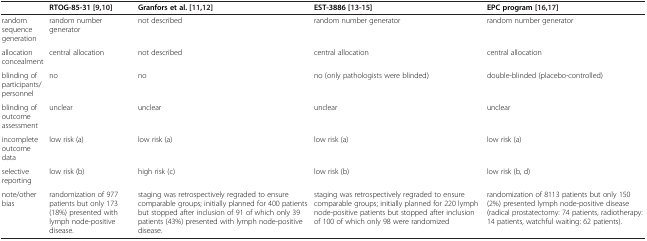
<table><thead><tr><td><b> </b></td><td><b>RTOG-85-31[9,10]</b></td><td><b>Granfors et al.[11,12]</b></td><td><b>EST-3886[13-15]</b></td><td><b>EPC program[16,17]</b></td></tr></thead><tbody><tr><td>random sequence generation</td><td>random number generator</td><td>not described</td><td>random number generator</td><td>random number generator</td></tr><tr><td>allocation concealment</td><td>central allocation</td><td>not described</td><td>central allocation</td><td>central allocation</td></tr><tr><td>blinding of participants/personnel</td><td>no</td><td>no</td><td>no (only pathologists were blinded)</td><td>double-blinded (placebo-controlled)</td></tr><tr><td>blinding of outcome assessment</td><td>unclear</td><td>unclear</td><td>unclear</td><td>unclear</td></tr><tr><td>incomplete outcome data</td><td>low risk (a)</td><td>low risk (a)</td><td>low risk (a)</td><td>low risk (a)</td></tr><tr><td>selective reporting</td><td>low risk (b)</td><td>high risk (c)</td><td>low risk (b)</td><td>low risk (b, d)</td></tr><tr><td>note/other bias</td><td>randomization of 977 patients but only 173 (18%) presented with lymph node-positive disease.</td><td>staging was retrospectively regraded to ensure comparable groups; initially planned for 400 patients but stopped after inclusion of 91 of which only 39 patients (43%) presented with lymph node-positive disease.</td><td>staging was retrospectively regraded to ensure comparable groups; initially planned for 220 lymph node-positive patients but stopped after inclusion of 100 of which only 98 were randomized</td><td>randomization of 8113 patients but only 150 (2%) presented lymph node-positive disease (radical prostatectomy: 74 patients, radiotherapy: 14 patients, watchful waiting: 62 patients).</td></tr></tbody></table>